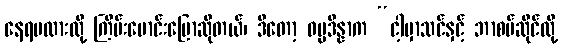
နေရမလားလို့ ကြိမ်းမောင်းပြောဆိုတယ်၊ ဒီတော့ ဓမ္မဒိန္နာက “ငါ့မှာသင်နှင့် ဘာစပ်ဆိုင်လို့